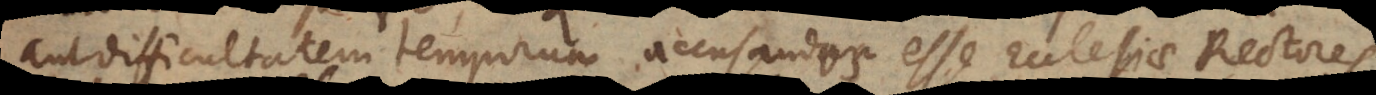
aut difficultatem temporum accusandos esse Ecclesiae Rectores.